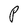
Character: P